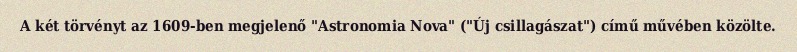
A két törvényt az 1609-ben megjelenő "Astronomia Nova" ("Új csillagászat") című művében közölte.